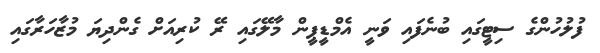
ފުލުހުންގެ ސިޓީގައި ބުނެފައި ވަނީ އެމްޑީޕީން މާލޭގައި ރޭ ކުރިއަށް ގެންދިޔަ މުޒާހަރާގައި